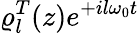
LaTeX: \varrho_{l}^{T}(z)e^{+il\omega_{0}t}